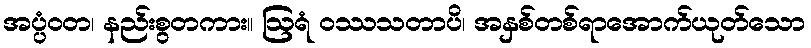
အပ္ပံဝတ၊ နည်းစွတကား။ ဩရံ ဝဿသတာပိ၊ အနှစ်တစ်ရာအောက်ယုတ်သော